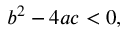
b ^ { 2 } - 4 a c < 0 ,